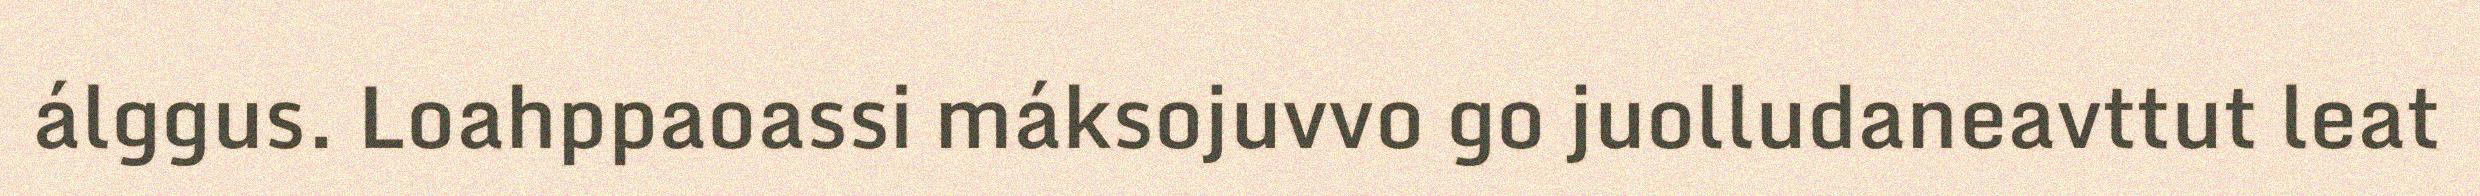
álggus. Loahppaoassi máksojuvvo go juolludaneavttut leat